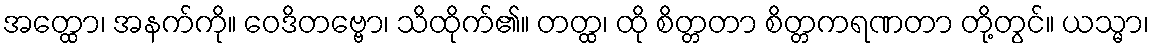
အတ္ထော၊ အနက်ကို။ ဝေဒိတဗ္ဗော၊ သိထိုက်၏။ တတ္ထ၊ ထို စိတ္တတာ စိတ္တကရဏတာ တို့တွင်။ ယသ္မာ၊